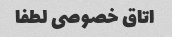
اتاق خصوصی لطفا